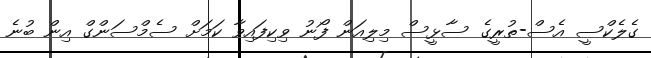
ގެލެކްސީ އެސް-ތުރީގެ ސާޅީސް މިލިއަން ފޯނު ވިކިފައިވާ ކަމަށް ސެމްސަންގް އިން ބުނެ